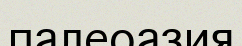
палеоазия